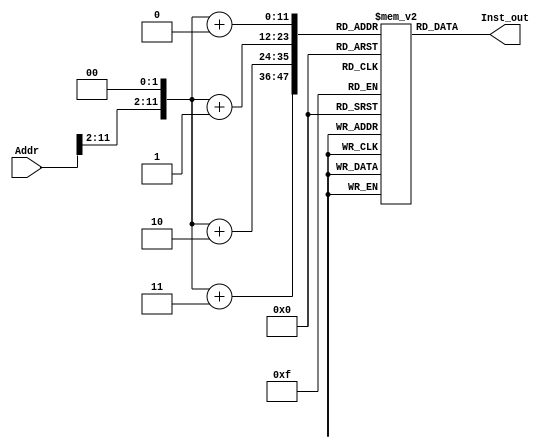
`timescale 1ns / 1ps
//////////////////////////////////////////////////////////////////////////////////
// Company: 
// Engineer: 
// 
// Design Name: 
// Module Name: Instruction_Memory
// Project Name: 
// Target Devices: 
// Tool Versions: 
// Description: 
// 
// Dependencies: 
// 
// Revision:
// Revision 0.01 - File Created
// Additional Comments:
// 
//////////////////////////////////////////////////////////////////////////////////


module Instruction_Memory(
    input [31:0] Addr,
    output [31:0] Inst_out
    );
    
    reg [7:0] imem[0:4095]; //2^12 byte addresses
    
    //Read Memory Contents, 2 bit offset for alignment
    assign Inst_out = {
                       imem[{Addr[11:2],2'b0}+2'd3],
                       imem[{Addr[11:2],2'b0}+2'd2],
                       imem[{Addr[11:2],2'b0}+2'd1],
                       imem[{Addr[11:2],2'b0}+2'd0]
                       };
endmodule